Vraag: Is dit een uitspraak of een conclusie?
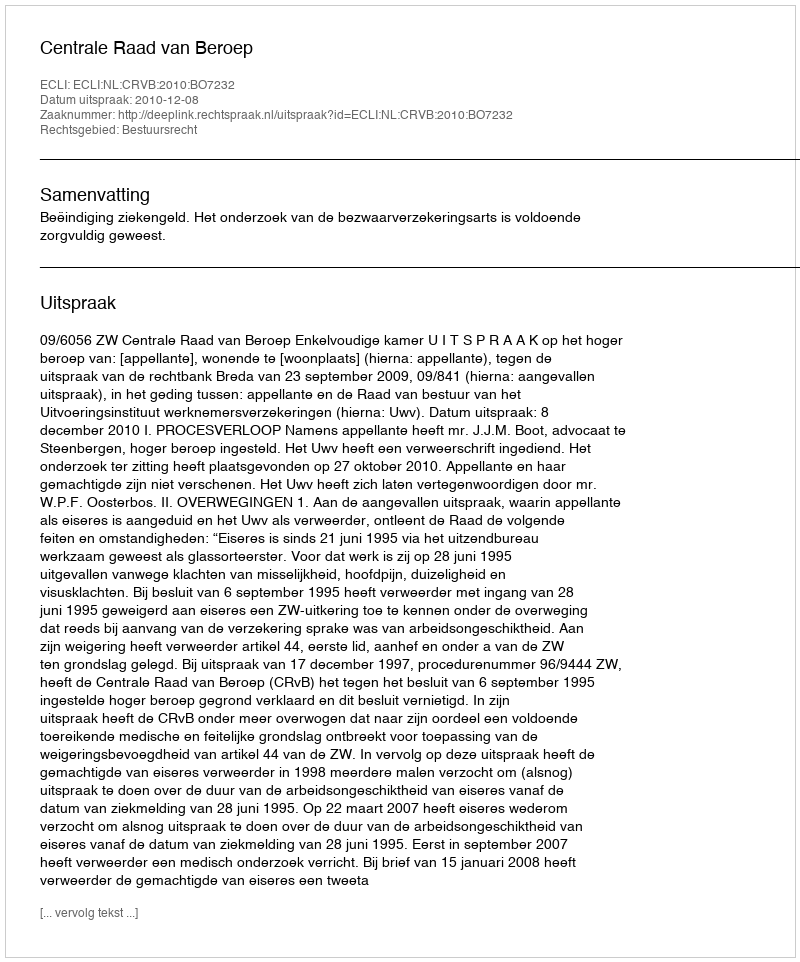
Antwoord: Uitspraak